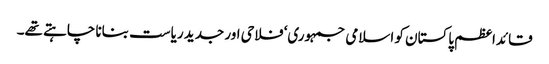
قائداعظم پاکستان کو اسلامی جمہوری‘ فلاحی اور جدید ریاست بنانا چاہتے تھے۔